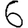
Digit: 6